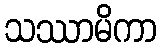
သဿာမိကာ